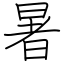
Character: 暑